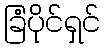
ခြံပိုင်ရှင်